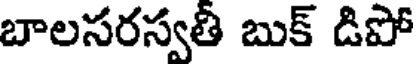
బాలసరస్వతి బుక్ డిపో